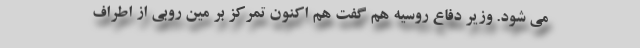
می شود. وزیر دفاع روسیه هم گفت هم اکنون تمرکز بر مین روبی از اطراف